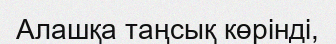
Алашқа таңсық көрінді,